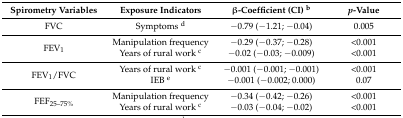
| Spirometry Variables | Exposure Indicators | β-Coefficient (CI) b | p-Value |
 | --- | --- | --- | --- |
 | FVC | Symptoms d | −0.79 (−1.21; −0.04) | 0.005 |
 | <ROWSPAN=2> FEV1 | Manipulation frequency | −0.29 (−0.37; −0.28) | <0.001 |
 | Years of rural work c | −0.02 (−0.03; −0.009) | <0.001 |
 | <ROWSPAN=2> FEV1/FVC | Years of rural work c | −0.001 (−0.001; −0.001) | <0.001 |
 | IEB e | −0.001 (−0.002; 0.000) | 0.07 |
 | <ROWSPAN=2> FEF25–75% | Manipulation frequency | −0.34 (−0.42; −0.26) | <0.001 |
 | Years of rural work c | −0.03 (−0.04; −0.02) | <0.001 |